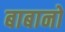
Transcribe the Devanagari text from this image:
बाबानो